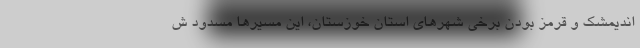
اندیمشک و قرمز بودن برخی شهرهای استان خوزستان، این مسیرها مسدود ش